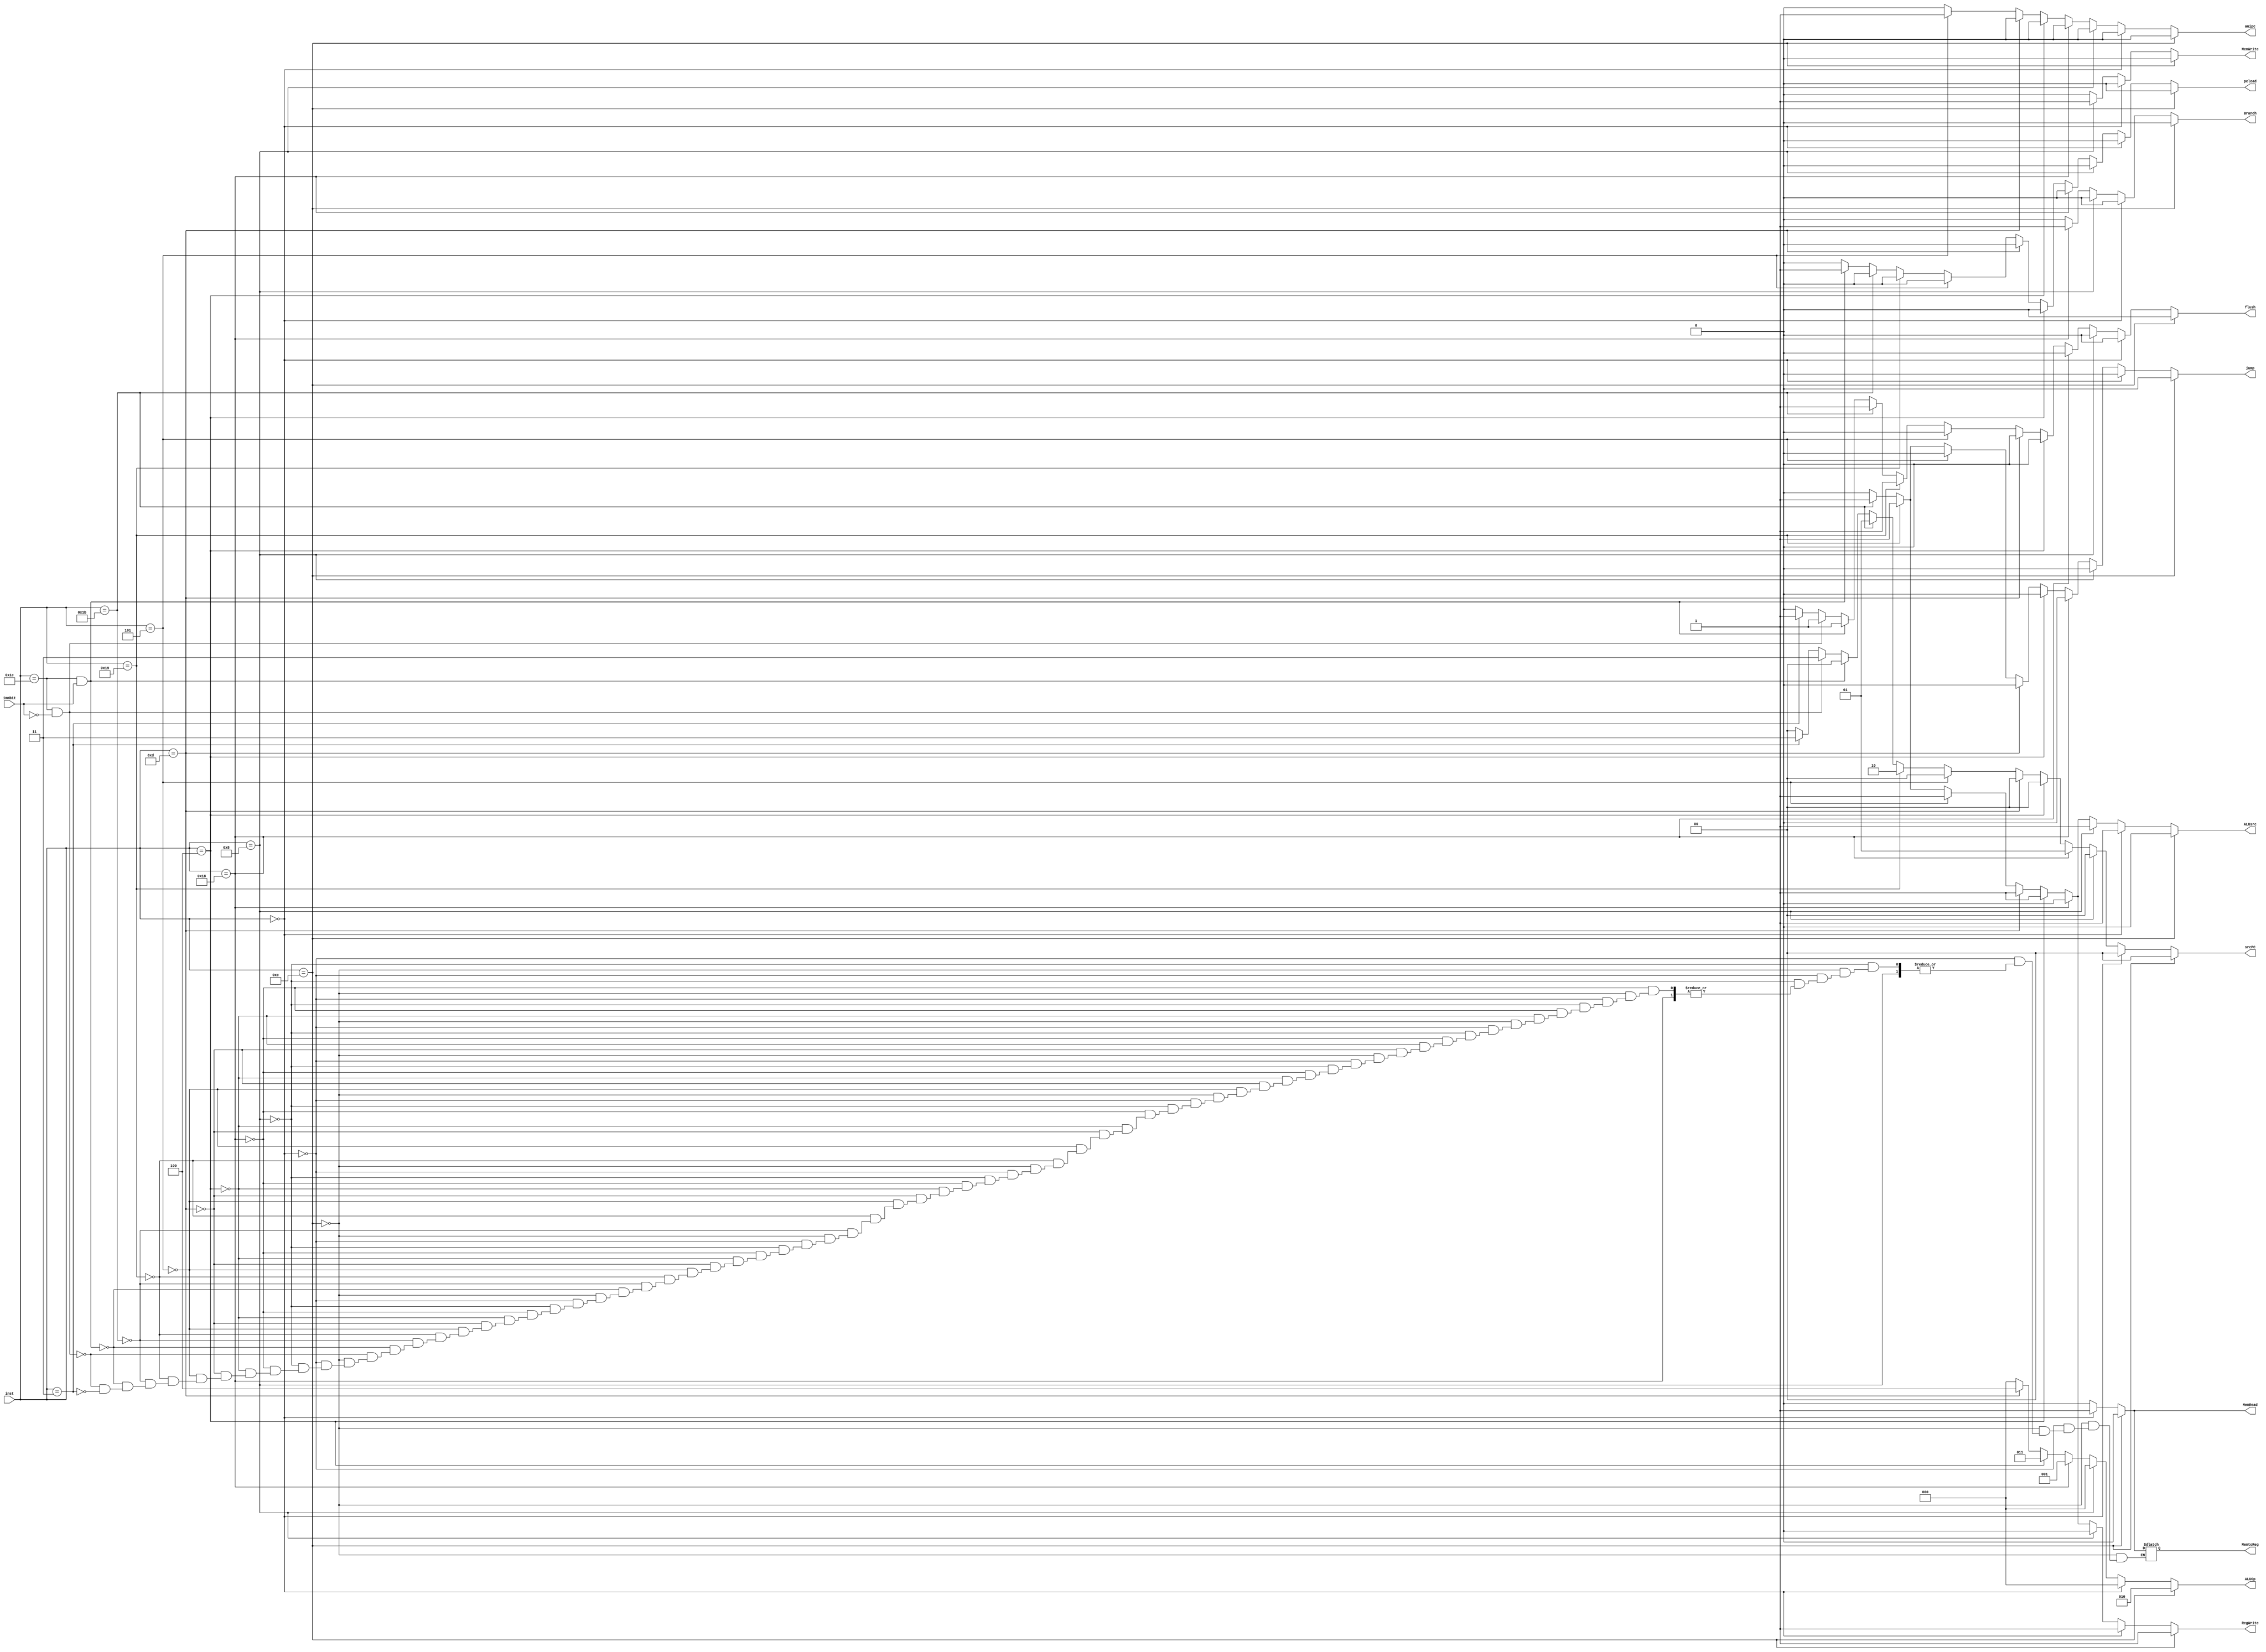
/*******************************************************************
*
* Module: control.v
* Project: Pipelined RISC-V Processor
* Description: Control unit for the RISC-V processor.
*
**********************************************************************/

`timescale 1ns / 1ps


module control(
input immbit,
input [4:0] inst,
output reg flush,
output reg Branch,
output reg MemRead,
output reg MemtoReg,
output reg [2:0] ALUOp,
output reg MemWrite,
output reg ALUsrc,
output reg RegWrite,
output reg auipc,
output reg jump,
output reg [1:0] srcPC,
output reg pcload
);
    
    always @ (*) begin
        if(inst == 5'b01100)begin       //r-type
            Branch = 0; 
            MemRead = 0;
            MemtoReg =0; 
            ALUOp = 3'b010; 
            MemWrite = 0; 
            ALUsrc = 0; 
            RegWrite = 1; 
            auipc = 0; 
            jump = 0; 
            srcPC =2'b00; 
            pcload = 0; 
            flush = 0;
        end 
        else if (inst == 5'b00000)begin  //load
            Branch = 0; 
            MemRead = 1; 
            MemtoReg =1; 
            ALUOp = 3'b000; 
            MemWrite = 0; 
            ALUsrc = 1; 
            RegWrite = 1; 
            auipc = 0; 
            jump = 0; 
            srcPC =2'b00; 
            pcload = 0; 
            flush = 0;
        end 
        else if (inst == 5'b01000)begin  //stores
            Branch = 0; 
            MemRead = 0; 
            ALUOp = 3'b000; 
            MemWrite = 1; 
            ALUsrc = 1; 
            RegWrite = 0; 
            auipc = 0; 
            jump = 0; 
            srcPC =2'b00; 
            pcload = 0;
            flush = 0; 
        end  
        else if (inst == 5'b11000)begin  //branch 
            Branch = 1; 
            MemRead = 0; 
            ALUOp = 3'b001; 
            MemWrite = 0; 
            ALUsrc = 0; 
            RegWrite = 0; 
            auipc = 0; 
            jump = 0; 
            srcPC =2'b01; 
            pcload = 0;
            flush = 0; 
        end  
        else if (inst == 5'b00100)begin  //i-type
            Branch = 0; 
            MemRead = 0; 
            MemtoReg =0; 
            ALUOp = 3'b011; 
            MemWrite = 0; 
            ALUsrc = 1; 
            RegWrite = 1; 
            auipc = 0; 
            jump = 0; 
            srcPC =2'b00; 
            pcload = 0;
            flush = 0; 
        end  
        else if (inst == 5'b01101)begin  //LUI
            Branch = 0; 
            MemRead = 0; 
            MemtoReg =0; 
            ALUOp = 3'b100; 
            MemWrite = 0; 
            ALUsrc = 1; 
            RegWrite = 1; 
            auipc = 0; 
            jump = 0; 
            srcPC =2'b00; 
            pcload = 0;
            flush = 0; 
        end   
        else if (inst == 5'b00101)begin  //auipc
            Branch = 0; 
            MemRead = 0; 
            MemtoReg =0; 
            ALUOp = 3'b000; 
            MemWrite = 0; 
            ALUsrc = 1; 
            RegWrite = 1; 
            auipc = 1; 
            jump = 0; 
            srcPC =2'b00; 
            pcload = 0;
            flush = 0; 
        end   
        else if (inst == 5'b11001)begin  // jalr
            Branch = 0; 
            MemRead = 0; 
            MemtoReg =0; 
            ALUOp = 3'b000; 
            MemWrite = 0; 
            ALUsrc = 1; 
            RegWrite = 1; 
            auipc = 0; 
            jump = 1; 
            srcPC =2'b10; 
            pcload = 0;
            flush = 1; 
        end  
        else if (inst == 5'b11011)begin  //jal
            Branch = 0; 
            MemRead = 0; 
            MemtoReg =0; 
            ALUOp = 3'b000; 
            MemWrite = 0; 
            ALUsrc = 1; 
            RegWrite = 1; 
            auipc = 0; 
            jump = 1; 
            srcPC =2'b01; 
            pcload = 0; 
            flush = 1;
        end  
        else if (inst == 5'b11100 && immbit==1'b1)begin //ebreak
            Branch = 0; 
            MemRead = 0; 
            MemtoReg =0; 
            ALUOp = 3'b000; 
            MemWrite = 0; 
            ALUsrc = 0; 
            RegWrite = 0; 
            auipc = 0; 
            jump = 0; 
            srcPC =2'b00; 
            pcload = 1;
            flush = 1; 
        end  
        else if (inst == 5'b11100 && immbit==1'b0)begin //ecall
            Branch = 0; 
            MemRead = 0; 
            MemtoReg =0; 
            ALUOp = 3'b000; 
            MemWrite = 0; 
            ALUsrc = 0; 
            RegWrite = 0; 
            auipc = 0; 
            jump = 0; 
            srcPC =2'b11; 
            pcload = 0;
            flush = 1; 
        end  
        else if (inst == 5'b00011)begin  //fence
            Branch = 0; 
            MemRead = 0; 
            MemtoReg =0; 
            ALUOp = 3'b000; 
            MemWrite = 0; 
            ALUsrc = 0; 
            RegWrite = 0; 
            auipc = 0; 
            jump = 0; 
            srcPC =2'b11; 
            pcload = 0;
            flush = 1; 
        end  
        else begin                       //default
            Branch = 0; 
            MemRead = 0; 
            ALUOp = 3'b000; 
            MemWrite = 0; 
            ALUsrc = 0; 
            RegWrite = 0; 
            auipc = 0; 
            jump = 0; 
            srcPC =2'b00; 
            pcload = 0;
            flush = 0;
        end 
    end
    
endmodule